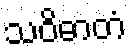
သဝိဓာတံ